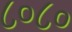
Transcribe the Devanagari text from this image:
८०८०